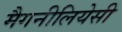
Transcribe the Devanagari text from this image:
मैगनीलियेसी